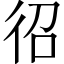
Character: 𭛤